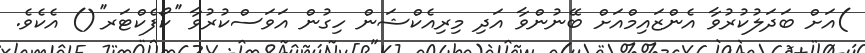
)އަށް ބަދަލުކުރުވާ އެންޒައިމްއަށް ބޭނުންވާ އަދި މިރިއެކްޝަން ހިގުން އަވަސްކުރުވާ ''ކޯފެކްޓަރ''() އެކެވެ.